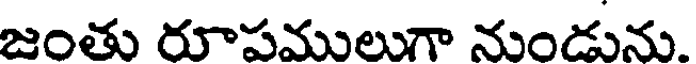
జంతు రూపములుగా నుండును.